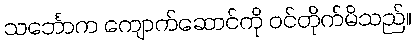
သင်္ဘောက ကျောက်ဆောင်ကို ဝင်တိုက်မိသည်။